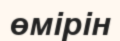
өмірін